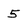
Character: 5